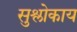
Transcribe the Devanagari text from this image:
सुश्लोकाय